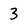
Character: 3